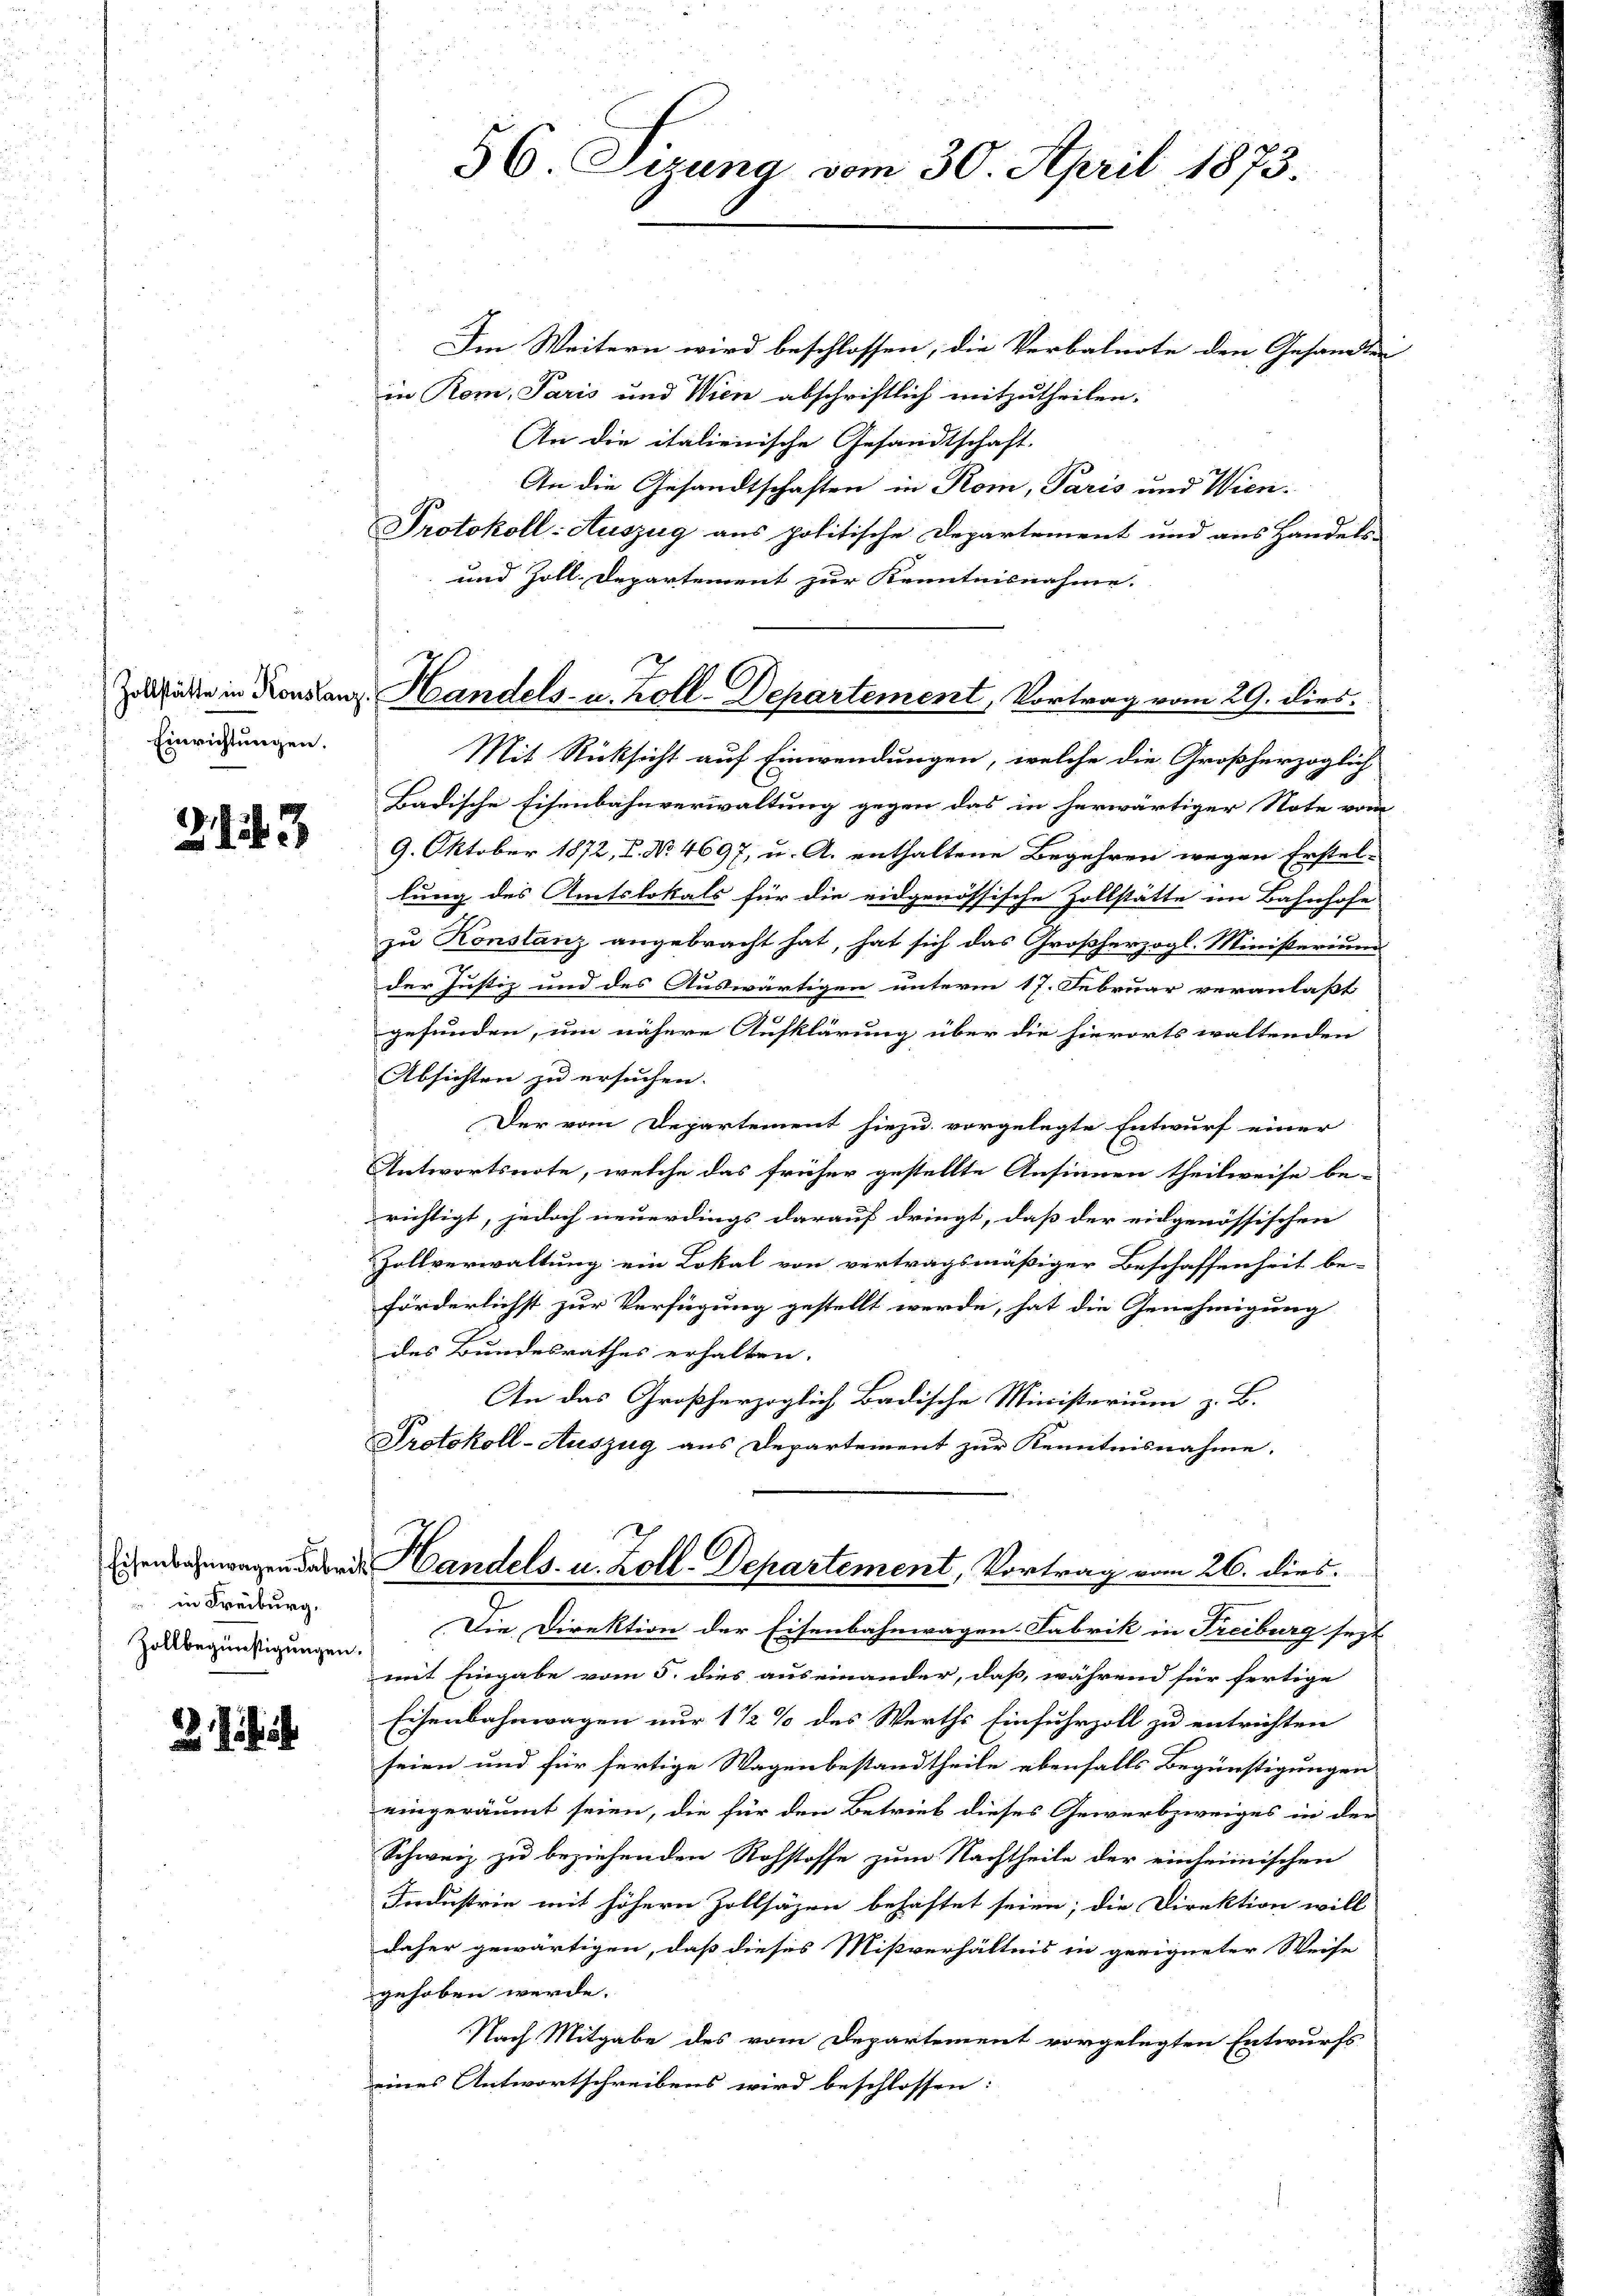
Einrichtungen.

23

in Freiburg,
Zollbegünstigungen.

Im Weitern wird beschlossen, die Verbalnote den Gesandtei
in Rom, Paris und Wien abschriftlich mitzutheilen.
An die italienische Gesandtschaft.
An die Gesandtschaften in Rom, Paris und Wien.
Protokoll-Auszug aus politische Departement und aus Handels-
und Zoll-Departement zur Kenntnisnahme.
Mit Rücksicht auf Einwendungen, welche die Großherzoglich
Badische Eisenbahnverwaltung gegen das in herwärtiger Note vom
9. Oktober 1872, I. No. 4697, u. A. enthaltene Begehren wegen Erstel-
lung des Amtslokals für die eidgenössische Zollstätte im Bahnhofe
zu Konstanz angebracht hat, hat sich das Großherzogl. Ministerium

der Justiz und des Auswärtigen unterm 17. Februar veranlaßt
gefunden, um nähere Aufklärung über die hierorts waltenden
Absichten zu ersuchen. |
Der vom Departement hiezu vorgelegte Entwurf einer
Antwortsnote, welche das früher gestellte Ansinnen theilweise be-
richtigt, jedoch neuerdings darauf dringt, daß der eidgenössischen
Zollverwaltung ein Lokal von vertragsmäßiger Beschaffenheit be-
förderlichst zur Verfügung gestellt werde, hat die Genehmigung
des Bundesrathes erhalten.
An das Großherzoglich Badische Ministerium z. B.
Protokoll-Auszug aus Departement zur Kenntnisnahme.

56. Sizung vom 30. April 1873.

Zusicken in Kontanz Handels- u. Zoll-Departement, Vortrag vom 29. dies.

egen dabei Handels- u. Zoll-Departement, Vortrag vom 26. dies

Die Direktion der Eisenbahnwagen Fabrik in Freiburg sezt
mit Eingabe vom 5. dies auseinander, daß, während für fertige
Eisenbahnwagen nur 1 1/2% des Werths Einfuhrzoll zu entrichten
seien und für fertige Wagenbestandtheile ebenfalls Begünstigungen
eingeräumt seien, die für den Betrieb dieses Gewerbzweiges in der
Schweiz zu beziehenden Rohstoffe zum Nachtheile der einheimischen
Industrie mit höhern Zollsäzen behaftet seien; die Direktion will
daher gewärtigen, daß dieses Mißverhältnis in geeigneter Weise
gehoben werde.
Nach Mitgabe des vom Departement vorgelegten Entwurfs
eines Antwortschreibens wird beschlossen: